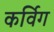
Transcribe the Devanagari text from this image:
कर्विग